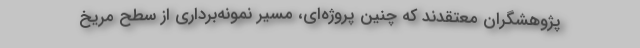
پژوهشگران معتقدند که چنین پروژه‌ای، مسیر نمونه‌برداری از سطح مریخ